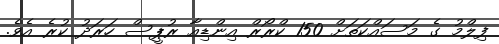
ފިލްމު ގެ މަސައްކަތަށް 150 ކްރޯރް އިންޑިއާ ރުޕީސް ހަރަދު ކުރެ އެވެ.